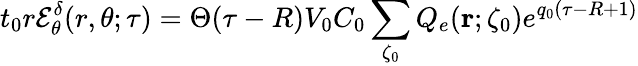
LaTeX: t_{0}r\mathcal{E}_{\theta}^{\delta}(r,\theta;\tau)=\Theta(\tau-R)V_{0}C_{0}\sum_{\zeta_{0}}Q_{e}({\mathbf r};\zeta_{0})e^{q_{0}(\tau-R+1)}